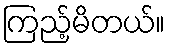
ကြည့်မိတယ်။